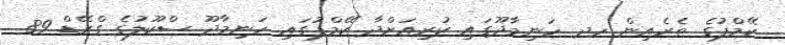
ކޭމްޕުގެ ތެރެއިން ހދ. ހަނިމާދޫގައި ކުރިއަށްދާ ކޭމްޕުގައި ހަނިމާދޫ ސްކޫލުގެ ގްރޭޑް 89